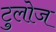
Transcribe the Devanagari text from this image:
टुलोज